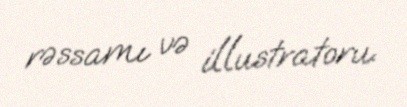
rəssamı və illustratoru.